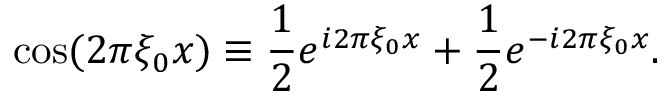
\cos ( 2 \pi \xi _ { 0 } x ) \equiv { \frac { 1 } { 2 } } e ^ { i 2 \pi \xi _ { 0 } x } + { \frac { 1 } { 2 } } e ^ { - i 2 \pi \xi _ { 0 } x } .